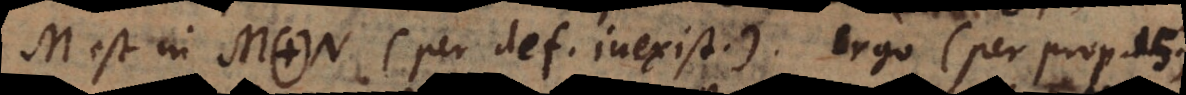
M est in M. N (per def. inexist.). Ergo (per pr